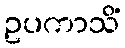
ဥပကာသိံ